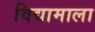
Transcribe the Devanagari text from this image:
विद्यामाला